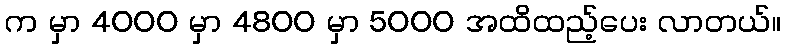
က မှာ 4000 မှာ 4800 မှာ 5000 အထိထည့်ပေး လာတယ်။